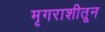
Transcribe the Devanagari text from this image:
मृगराशीतून